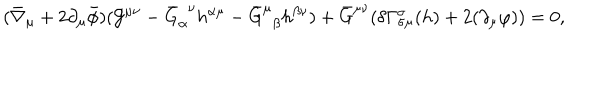
LaTeX: ( \bar { \nabla } _ { \mu } + 2 \partial _ { \mu } \bar { \phi } ) ( { \cal G } ^ { \mu \nu } - \bar { G } _ { \alpha } ^ { ~ ~ \nu } h ^ { \alpha \mu } - \bar { G } _ { ~ ~ \beta } ^ { \mu } h ^ { \beta \nu } ) + \bar { G } ^ { \mu \nu } ( \delta \Gamma _ { \sigma \mu } ^ { \sigma } ( h ) + 2 ( \partial _ { \mu } \varphi ) ) = 0 ,